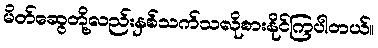
မိတ်ဆွေတို့လည်းနှစ်သက်သလိုစားနိုင်ကြပါတယ်။